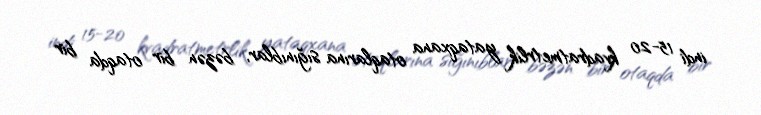
indi 15-20 kvadratmetrlik yataqxana otaqlarına sığınıblar, bəzən bir otaqda bir